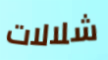
شلالات